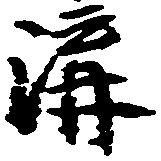
溝